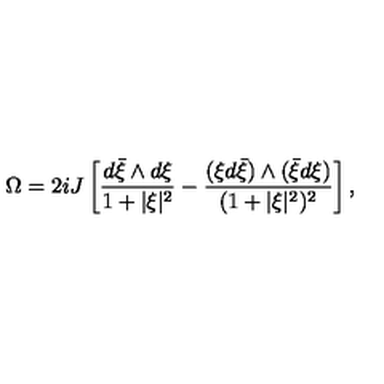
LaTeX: \Omega = 2 i J \left[ \frac { d { \bar { \xi } } \wedge d \xi } { 1 + \vert \xi \vert ^ { 2 } } - \frac { ( \xi d { \bar { \xi } } ) \wedge ( { \bar { \xi } } d \xi ) } { ( 1 + \vert \xi \vert ^ { 2 } ) ^ { 2 } } \right] ,